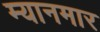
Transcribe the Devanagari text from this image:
म्‍यानमार